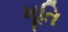
મૂતિ